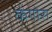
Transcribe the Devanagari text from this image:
कंगोरा